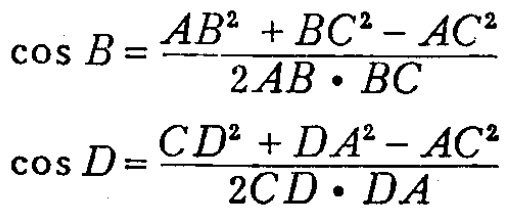
\[\cos B = \frac{AB^{2} + BC^{2} - AC^{2}}{2AB\cdot BC}\]
\[\cos D = \frac{CD^{2} + DA^{2} - AC^{2}}{2CD\cdot DA}\]